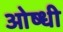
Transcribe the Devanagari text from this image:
ओष्धी